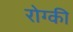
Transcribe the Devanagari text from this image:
रोग्की